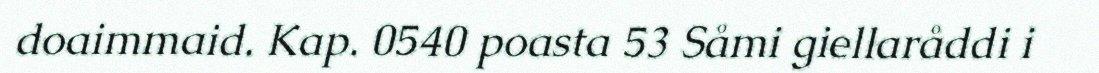
doaimmaid. Kap. 0540 poasta 53 Såmi giellaråddi i